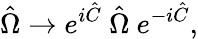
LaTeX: \hat{\Omega}\rightarrow e^{i\hat{C}}~\hat{\Omega}~e^{-i\hat{C}},